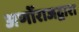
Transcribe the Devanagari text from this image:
अर्णोराजद्वारा